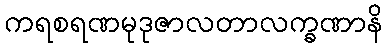
ကရစရဏမုဒုဇာလတာလက္ခဏာနိ